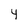
Character: 4